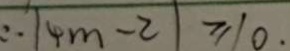
\therefore \vert 4 m - 2 \vert \leq 1 0 .